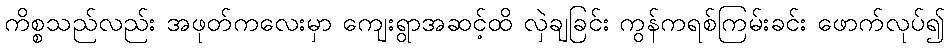
ကိစ္စသည်လည်း အဖုတ်ကလေးမှာ ကျေးရွာအဆင့်ထိ လှဲချခြင်း ကွန်ကရစ်ကြမ်းခင်း ဖောက်လုပ်၍